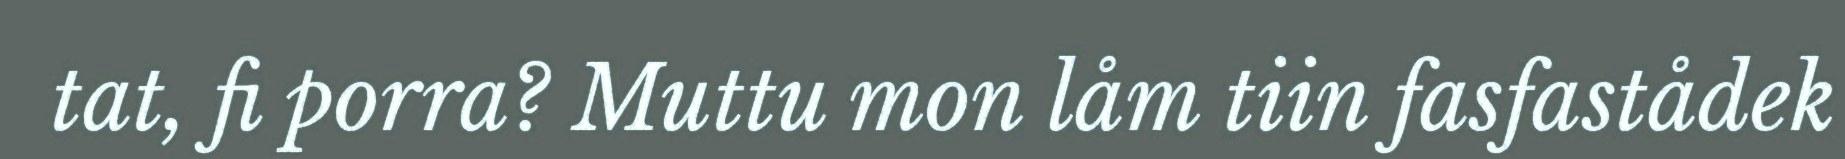
tat, fi porra? Muttu mon låm tiin fasfastådek